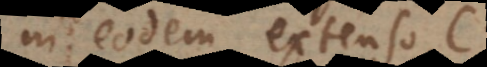
in eodem extenso C.